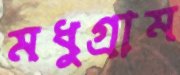
মধুগ্রাম